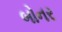
બોનર